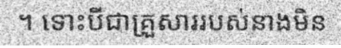
។ ទោះបីជាគ្រួសាររបស់នាងមិន